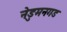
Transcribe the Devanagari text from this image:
नेडुमनगड